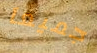
جميعآ